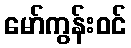
မော်ကွန်းဝင်